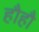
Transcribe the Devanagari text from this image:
हौहौ